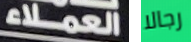
العملاء رجالا